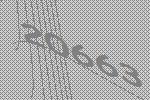
20663